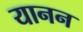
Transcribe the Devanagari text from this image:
यानन